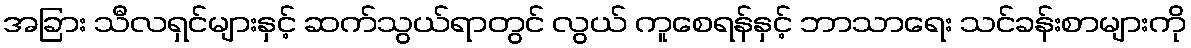
အခြား သီလရှင်များနှင့် ဆက်သွယ်ရာတွင် လွယ် ကူစေရန်နှင့် ဘာသာရေး သင်ခန်းစာများကို